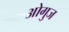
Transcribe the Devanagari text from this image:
ओगुज